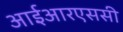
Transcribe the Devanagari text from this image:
आईआरएससी